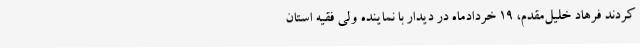
کردند فرهاد خلیل‌مقدم، 19 خردادماه در دیدار با نماینده ولی فقیه استان